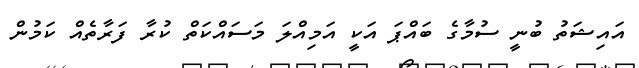
އައިޝަތު ބުނީ ސުމާގެ ބައްޕަ އަކީ އަމިއްލަ މަސައްކަތް ކުރާ ފަރާތެއް ކަމުން